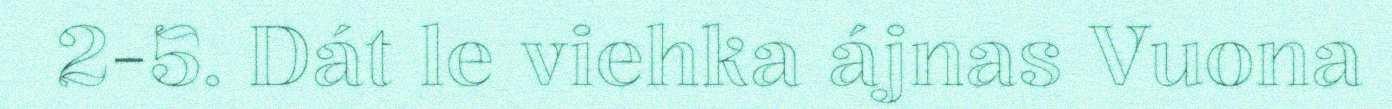
2-5. Dát le viehka ájnas Vuona